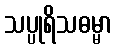
သပ္ပုရိသဓမ္မာ